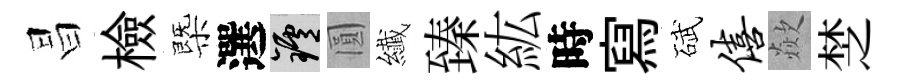
昌檢㮣選爐圓纎臻紘時寫碔僖歘椘